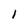
Character: l